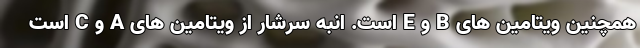
همچنین ویتامین های B و E است. انبه سرشار از ویتامین های A و C است